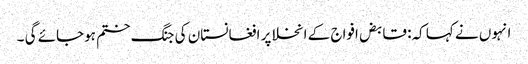
انہوں نے کہا کہ: قابض افواج کے انخلا پر افغانستان کی جنگ ختم ہوجائے گی ۔